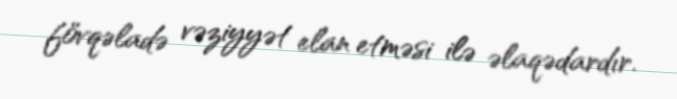
fövqəladə vəziyyət elan etməsi ilə əlaqədardır.